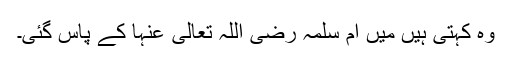
وہ کہتی ہیں میں ام سلمہ رضی اللہ تعالیٰ عنہا کے پاس گئی۔